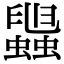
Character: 𧓟